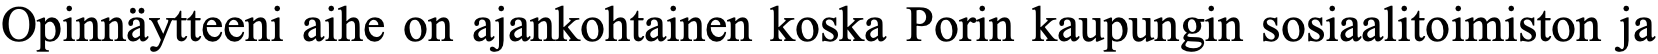
Opinnäytteeni aihe on ajankohtainen koska Porin kaupungin sosiaalitoimiston ja